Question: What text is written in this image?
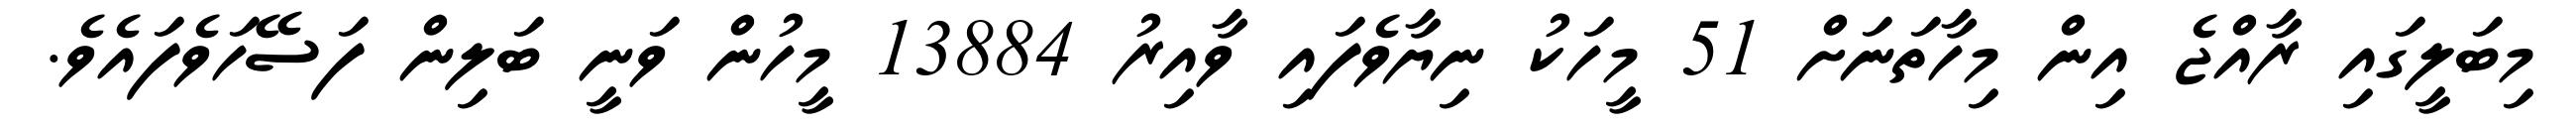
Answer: މިބަލީގައި ރާއްޖެ އިން މިހާތަނަށް 51 މީހަކު ނިޔާވެފައި ވާއިރު 13884 މީހުން ވަނީ ބަލިން ފަސޭހަވެފައެވެ.